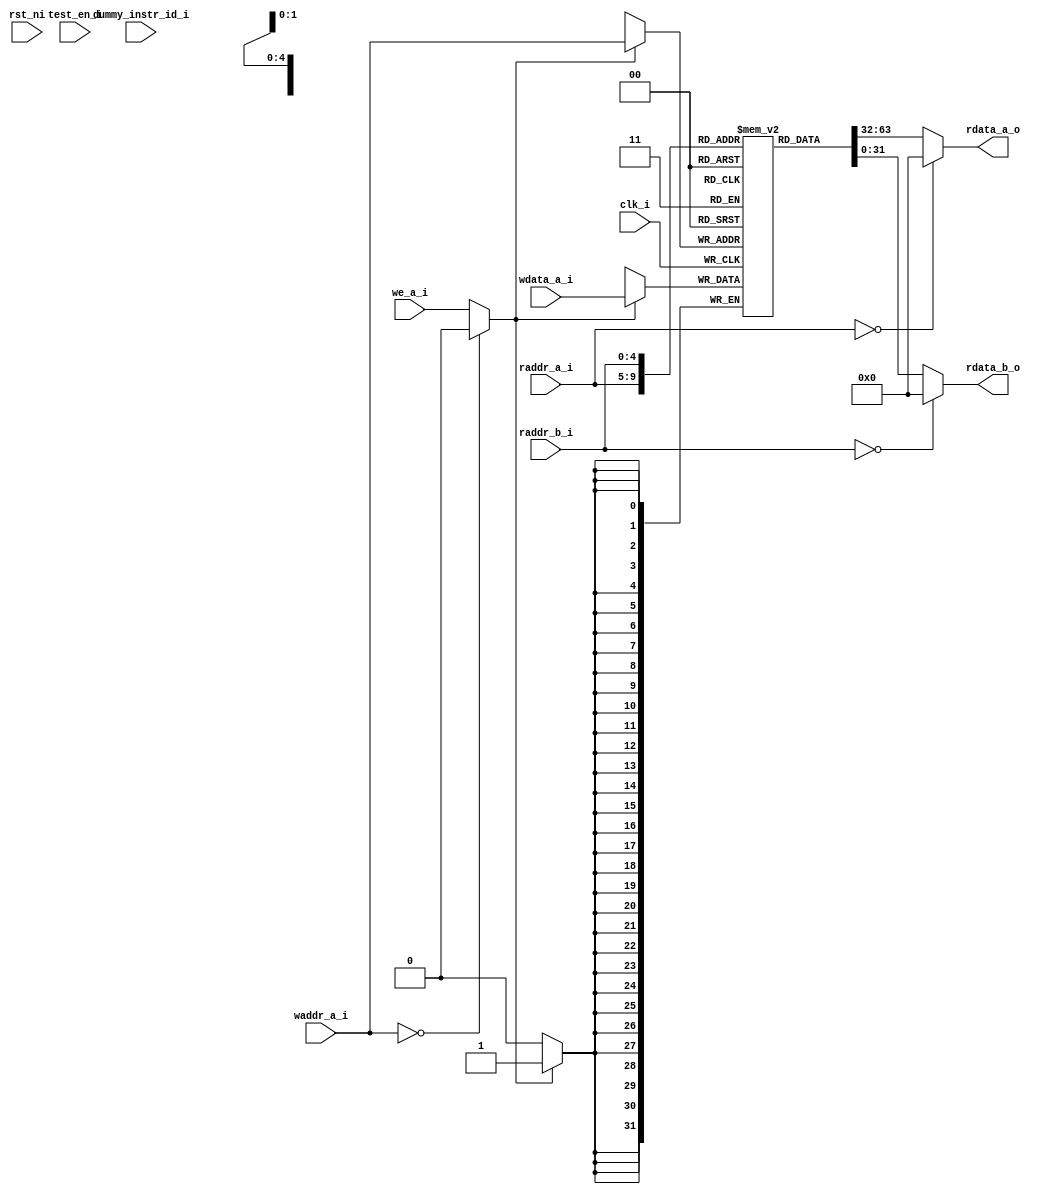
// This program was cloned from: https://github.com/NYU-MLDA/OpenABC
// License: BSD 3-Clause "New" or "Revised" License

module ibex_register_file_fpga (
	clk_i,
	rst_ni,
	test_en_i,
	dummy_instr_id_i,
	raddr_a_i,
	rdata_a_o,
	raddr_b_i,
	rdata_b_o,
	waddr_a_i,
	wdata_a_i,
	we_a_i
);
	parameter [0:0] RV32E = 0;
	parameter [31:0] DataWidth = 32;
	parameter [0:0] DummyInstructions = 0;
	input wire clk_i;
	input wire rst_ni;
	input wire test_en_i;
	input wire dummy_instr_id_i;
	input wire [4:0] raddr_a_i;
	output wire [DataWidth - 1:0] rdata_a_o;
	input wire [4:0] raddr_b_i;
	output wire [DataWidth - 1:0] rdata_b_o;
	input wire [4:0] waddr_a_i;
	input wire [DataWidth - 1:0] wdata_a_i;
	input wire we_a_i;
	localparam signed [31:0] ADDR_WIDTH = (RV32E ? 4 : 5);
	localparam signed [31:0] NUM_WORDS = 2 ** ADDR_WIDTH;
	reg [DataWidth - 1:0] mem [0:NUM_WORDS - 1];
	wire we;
	assign rdata_a_o = (raddr_a_i == {5 {1'sb0}} ? {DataWidth {1'sb0}} : mem[raddr_a_i]);
	assign rdata_b_o = (raddr_b_i == {5 {1'sb0}} ? {DataWidth {1'sb0}} : mem[raddr_b_i]);
	assign we = (waddr_a_i == {5 {1'sb0}} ? 1'b0 : we_a_i);
	always @(posedge clk_i) begin : sync_write
		if (we == 1'b1)
			mem[waddr_a_i] <= wdata_a_i;
	end
	wire unused_rst_ni;
	assign unused_rst_ni = rst_ni;
	wire unused_dummy_instr;
	assign unused_dummy_instr = dummy_instr_id_i;
	wire unused_test_en;
	assign unused_test_en = test_en_i;
endmodule